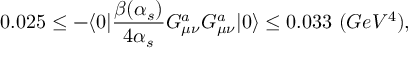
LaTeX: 0 . 0 2 5 \leq - \langle { 0 } | { \frac { \beta ( \alpha _ { s } ) } { 4 \alpha _ { s } } } G _ { \mu \nu } ^ { a } G _ { \mu \nu } ^ { a } | { 0 } \rangle \leq 0 . 0 3 3 \ ( G e V ^ { 4 } ) ,